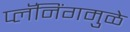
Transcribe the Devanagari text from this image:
प्लॅनिंगमुळे